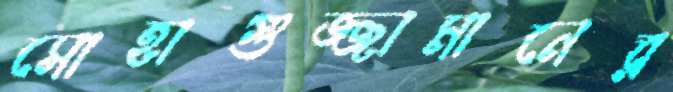
সোহাগুজ্জামানের